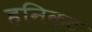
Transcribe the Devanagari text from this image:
हनिकट